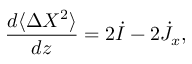
\frac { d \langle \Delta X ^ { 2 } \rangle } { d z } = 2 \dot { I } - 2 \dot { J } _ { x } ,